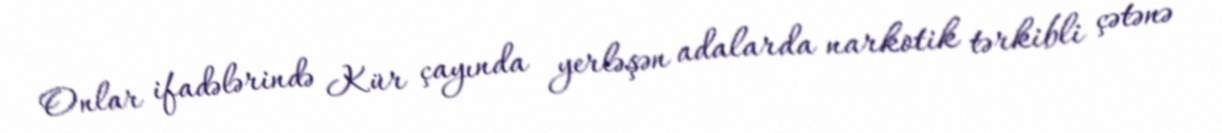
Onlar ifadələrində Kür çayında yerləşən adalarda narkotik tərkibli çətənə